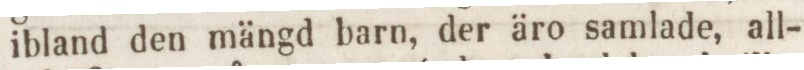
ibland den mängd barn, der äro samlade, all-